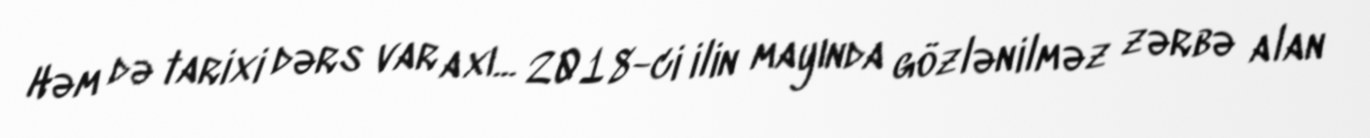
Həm də tarixi dərs var axı... 2018-ci ilin mayında gözlənilməz zərbə alan